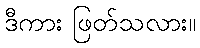
ဒီကား ဖြတ်သလား။